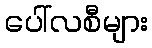
ပေါ်လစီများ